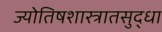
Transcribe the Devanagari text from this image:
ज्योतिषशास्त्रातसुद्धा